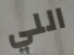
اللي